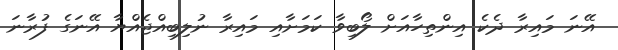
އޭނަ މައިރާ ދެކެ އިންތިހާއަށް ލޯބިވާ ކަމަށާއި މައިރާ ނުލިބިއްޖެއްޔާ އޭނަގެ ފުރާނަ